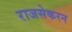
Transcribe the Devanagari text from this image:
राजसेकरन